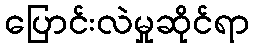
ပြောင်းလဲမှုဆိုင်ရာ